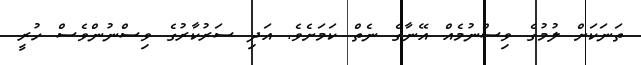
ތަނަކަށް ލުމުގެ ވިސްނުމެއް އޭނާގެ ނެތް ކަމަށެވެ. އަދި ސަރުކާރުގެ ވިސްނުންވެސް ހުރީ